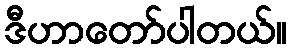
ဒီဟာတော်ပါတယ်။